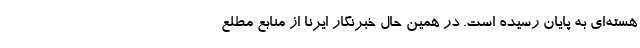
هسته‌ای به پایان رسیده است. در همین حال خبرنگار ایرنا از منابع مطلع